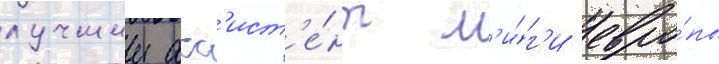
лучшии асс'ист'е́нт л'и́г'и евро́пы